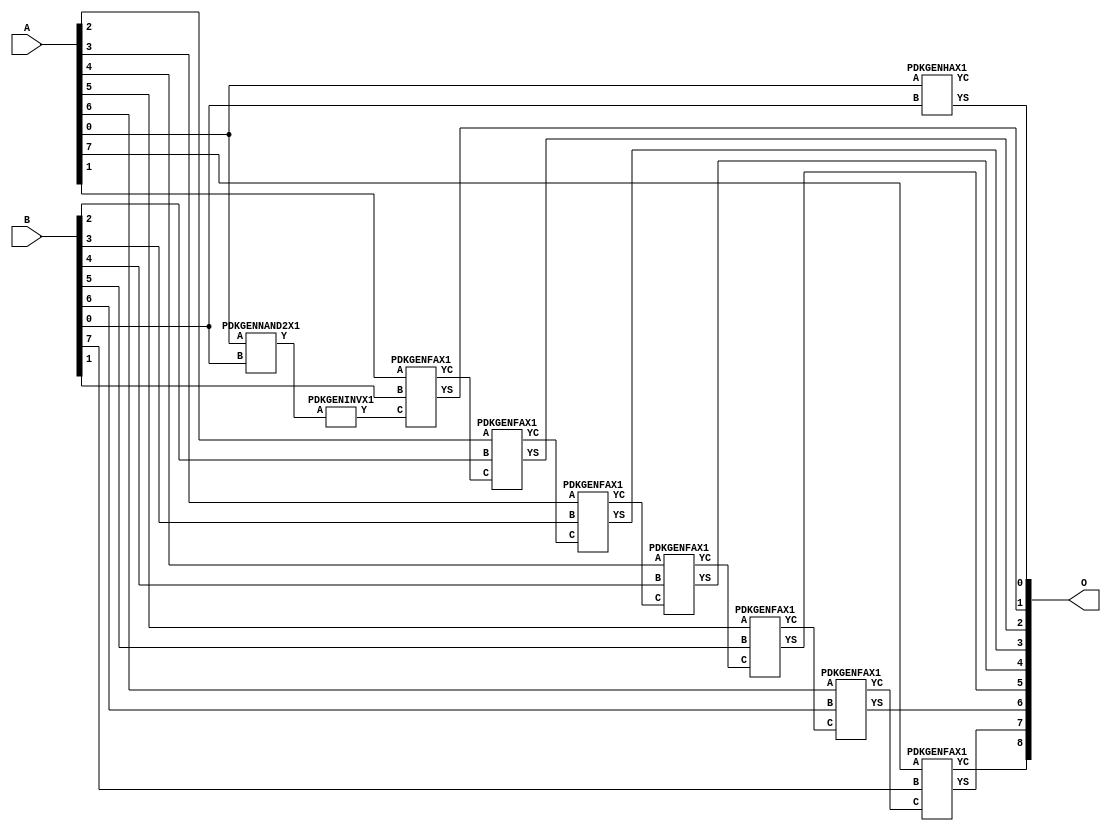
// Library = EvoApprox8b
// Circuit = add8_351
// Area   (180) = 960
// Delay  (180) = 1.680
// Power  (180) = 345.00
// Area   (45) = 70
// Delay  (45) = 0.630
// Power  (45) = 33.29
// Nodes = 10
// HD = 0
// MAE = 0.00000
// MSE = 0.00000
// MRE = 0.00 %
// WCE = 0
// WCRE = 0 %
// EP = 0.0 %

module add8_351(A, B, O);
  input [7:0] A;
  input [7:0] B;
  output [8:0] O;
  wire [2031:0] N;

  assign N[0] = A[0];
  assign N[1] = A[0];
  assign N[2] = A[1];
  assign N[3] = A[1];
  assign N[4] = A[2];
  assign N[5] = A[2];
  assign N[6] = A[3];
  assign N[7] = A[3];
  assign N[8] = A[4];
  assign N[9] = A[4];
  assign N[10] = A[5];
  assign N[11] = A[5];
  assign N[12] = A[6];
  assign N[13] = A[6];
  assign N[14] = A[7];
  assign N[15] = A[7];
  assign N[16] = B[0];
  assign N[17] = B[0];
  assign N[18] = B[1];
  assign N[19] = B[1];
  assign N[20] = B[2];
  assign N[21] = B[2];
  assign N[22] = B[3];
  assign N[23] = B[3];
  assign N[24] = B[4];
  assign N[25] = B[4];
  assign N[26] = B[5];
  assign N[27] = B[5];
  assign N[28] = B[6];
  assign N[29] = B[6];
  assign N[30] = B[7];
  assign N[31] = B[7];

  PDKGENNAND2X1 n34(.A(N[0]), .B(N[16]), .Y(N[34]));
  assign N[35] = N[34];
  PDKGENINVX1 n56(.A(N[35]), .Y(N[56]));
  PDKGENHAX1 n76(.A(N[0]), .B(N[16]), .YS(N[76]), .YC(N[77]));
  PDKGENFAX1 n82(.A(N[2]), .B(N[18]), .C(N[56]), .YS(N[82]), .YC(N[83]));
  PDKGENFAX1 n132(.A(N[4]), .B(N[20]), .C(N[83]), .YS(N[132]), .YC(N[133]));
  PDKGENFAX1 n182(.A(N[6]), .B(N[22]), .C(N[133]), .YS(N[182]), .YC(N[183]));
  PDKGENFAX1 n232(.A(N[8]), .B(N[24]), .C(N[183]), .YS(N[232]), .YC(N[233]));
  PDKGENFAX1 n282(.A(N[10]), .B(N[26]), .C(N[233]), .YS(N[282]), .YC(N[283]));
  PDKGENFAX1 n332(.A(N[12]), .B(N[28]), .C(N[283]), .YS(N[332]), .YC(N[333]));
  PDKGENFAX1 n382(.A(N[14]), .B(N[30]), .C(N[333]), .YS(N[382]), .YC(N[383]));

  assign O[0] = N[76];
  assign O[1] = N[82];
  assign O[2] = N[132];
  assign O[3] = N[182];
  assign O[4] = N[232];
  assign O[5] = N[282];
  assign O[6] = N[332];
  assign O[7] = N[382];
  assign O[8] = N[383];

endmodule
/* mod */
module PDKGENHAX1( input A, input B, output YS, output YC );
    assign YS = A ^ B;
    assign YC = A & B;
endmodule
/* mod */
module PDKGENINVX1(input A, output Y );
     assign Y = ~A;
endmodule
/* mod */
module PDKGENFAX1( input A, input B, input C, output YS, output YC );
    assign YS = (A ^ B) ^ C;
    assign YC = (A & B) | (B & C) | (A & C);
endmodule
/* mod */
module PDKGENNAND2X1(input A, input B, output Y );
     assign Y = ~(A & B);
endmodule